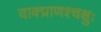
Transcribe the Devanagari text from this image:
वाक्प्राणश्चक्षुः